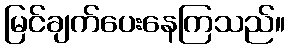
မြင်ချက်ပေးနေကြသည်။